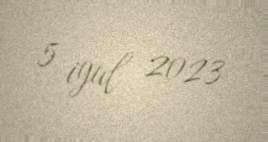
5 iyul 2023